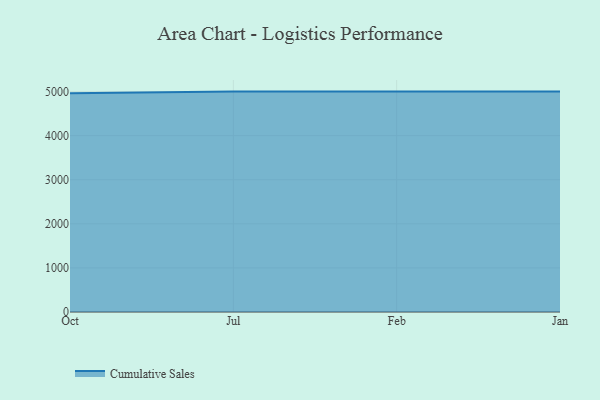
{"axis": {"x": "Month", "y": "Conversion Rate (%)"}, "legend": ["Cumulative Sales"], "data": [{"x": "Oct", "y": 4965.1, "type": "Cumulative Sales"}, {"x": "Jul", "y": 5000, "type": "Cumulative Sales"}, {"x": "Feb", "y": 5000, "type": "Cumulative Sales"}, {"x": "Jan", "y": 5000, "type": "Cumulative Sales"}]}